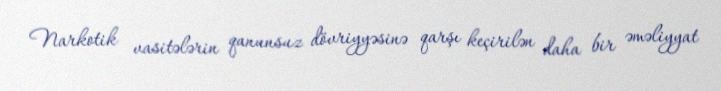
Narkotik vasitələrin qanunsuz dövriyyəsinə qarşı keçirilən daha bir əməliyyat